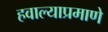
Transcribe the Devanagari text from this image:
हवाल्याप्रमाणे